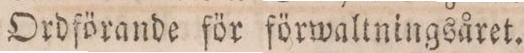
Ordförande för förwaltningsåret.